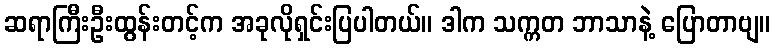
ဆရာကြီးဦးထွန်းတင့်က အခုလိုရှင်းပြပါတယ်။ ဒါက သက္ကတ ဘာသာနဲ့ ပြောတာဗျ။